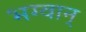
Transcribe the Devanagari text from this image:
भग्वान्